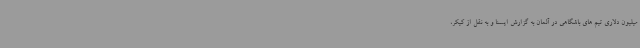
میلیون دلاری تیم های باشگاهی در آلمان به گزارش ایسنا و به نقل از کیکر،